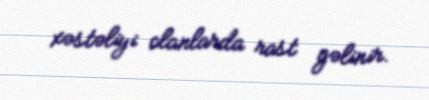
xəstəliyi olanlarda rast gəlinir.